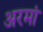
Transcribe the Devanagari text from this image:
अरमां